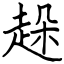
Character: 趓